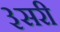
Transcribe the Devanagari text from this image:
३सरी